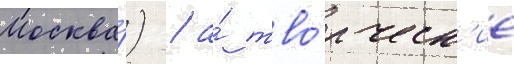
Москва́) / а́ тво́рческ'ие